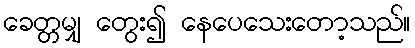
ခေတ္တမျှ တွေး၍ နေပေသေးတော့သည်။